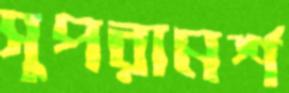
সুপরামর্শ